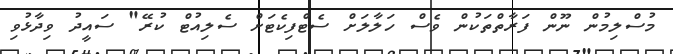
މުސްލިމުން ނޫން ފަރާތްތަކުން ވެސް ހަލާލަށް ސެޓްފިކެޓަށް ސެލިއުޓް ކުރޭ" ސައީދު ވިދާޅުވި